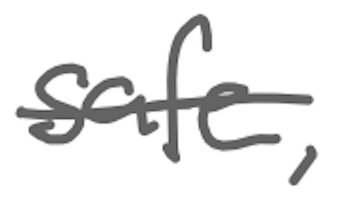
Text: safe,
Cross-out: single-line
Writing tool: digital_gray